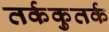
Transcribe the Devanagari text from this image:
तर्ककुतर्क